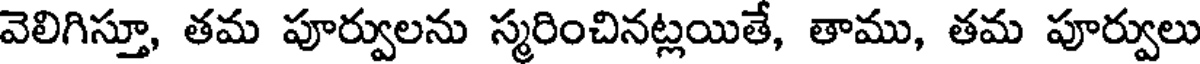
వెలిగిస్తూ, తమ పూర్వులను స్మరించినట్లయితే, తాము, తమ పూర్వులు